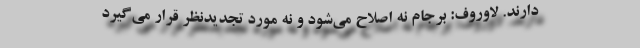
دارند. لاوروف: برجام نه اصلاح می‌شود و نه مورد تجدیدنظر قرار می‌گیرد